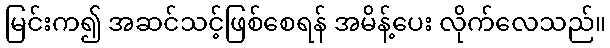
မြင်းက၍ အဆင်သင့်ဖြစ်စေရန် အမိန့်ပေး လိုက်လေသည်။